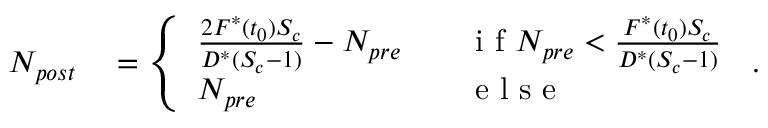
\begin{array} { r l } { N _ { p o s t } } & { { } = \left\{ \begin{array} { l l } { \frac { 2 F ^ { * } ( t _ { 0 } ) S _ { c } } { D ^ { * } ( S _ { c } - 1 ) } - N _ { p r e } \quad } & { \mathrm { ~ i ~ f ~ } N _ { p r e } < \frac { F ^ { * } ( t _ { 0 } ) S _ { c } } { D ^ { * } ( S _ { c } - 1 ) } } \\ { N _ { p r e } } & { \mathrm { ~ e ~ l ~ s ~ e ~ } } \end{array} \right. \, . } \end{array}